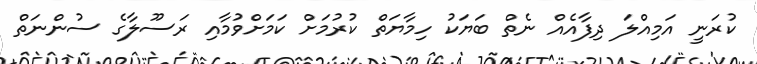
ކުރަނީ އަމިއްލަ ދިފާއެއް ނެތް ބަޔަކު ހިމާޔަތް ކުރުމަށް ކަމަށްވުމާއި ރަސޫލާގެ ސުންނަތް